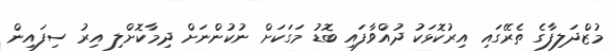
މުޒްދަލިފާގެ ތެރޭގައި އިރުކޮޅަކު ދުއްވާފައި ބޮޑު މަގަކަށް ނުކުންނަށް ދިމާކޮށްލި އިރު ސިފައިން